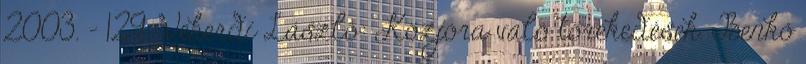
2003. – 129. Vekerdi László: Közjóra való törekedések. Benkő